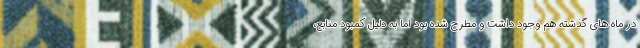
در ماه های گذشته هم وجود داشت و مطرح شده بود اما به دلیل کمبود منابع،